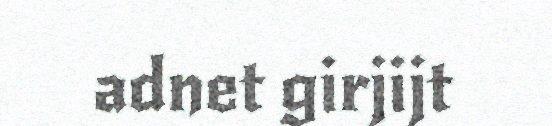
adnet girjijt